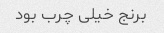
برنج خیلی چرب بود